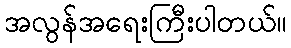
အလွန်အရေးကြီးပါတယ်။